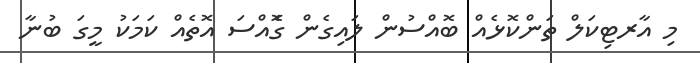
މި އާރޓިކަލް ތަންކޮޅެއް ބޮއްސުން ލައިގެން ގޮެއްސަ އޮތެއް ކަމަކު މީގަ ބުނާ